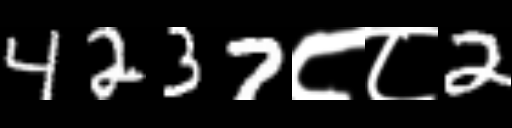
Text: 4237८८2